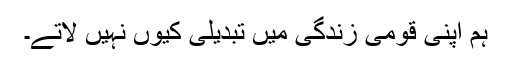
ہم اپنی قومی زندگی میں تبدیلی کیوں نہیں لاتے۔